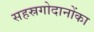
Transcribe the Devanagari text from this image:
सहस्रगोदानोंका